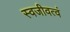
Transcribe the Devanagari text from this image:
स्वजीवत्वं